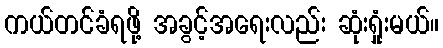
ကယ်တင်ခံရဖို့ အခွင့်အရေးလည်း ဆုံးရှုံးမယ်။